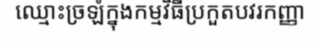
ឈ្មោះច្រឡំក្នុងកម្មវិធីប្រកួតបវរកញ្ញា